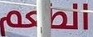
الطعم